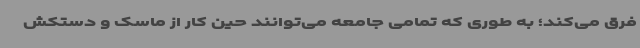
فرق می‌کند؛ به طوری که تمامی جامعه می‌توانند حین کار از ماسک و دستکش